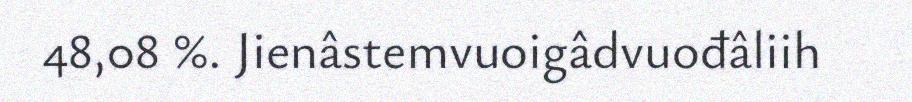
48,08 %. Jienâstemvuoigâdvuođâliih